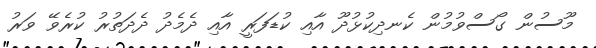
މޫސުން ގޯސްވުމުން ކެނދިކުޅުދޫ އާއި ކުޑަފަރީ އާއި ދެމެދު ދެދަތުރު ކުރެވޭ ވަރު